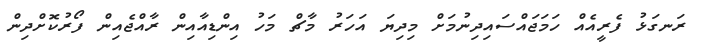
ރަނގަޅު ފެރީއެއް ހަމަޖައްސައިދިނުމަށް މިދިޔަ އަހަރު މާޗް މަހު އިންޑިއާއިން ރާއްޖެއިން ފޯރުކޮށްދިން